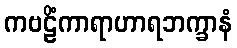
ကဗဠိံကာရာဟာရဘက္ခာနံ